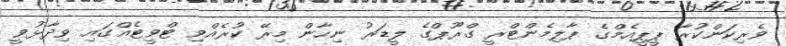
ވެރިކަންކުރާ ޕީޕީއެމްގެ ޕާލިމެންޓްރީ ގްރޫޕްގެ ލީޑަރު ނިހާން މިރޭ ކުރެއްވި ޓްވީޓެއްގައި ވިދާޅުވީ